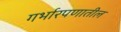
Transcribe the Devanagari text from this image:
गर्भारपणातील